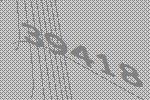
39418